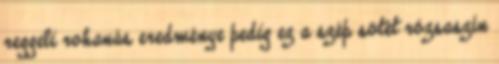
reggeli rohanás eredménye pedig ez a szép sötét rózsaszín